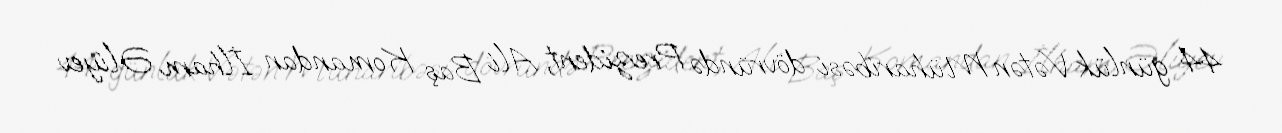
44 günlük Vətən Müharibəsi dövründə Prezident, Ali Baş Komandan İlham Əliyev